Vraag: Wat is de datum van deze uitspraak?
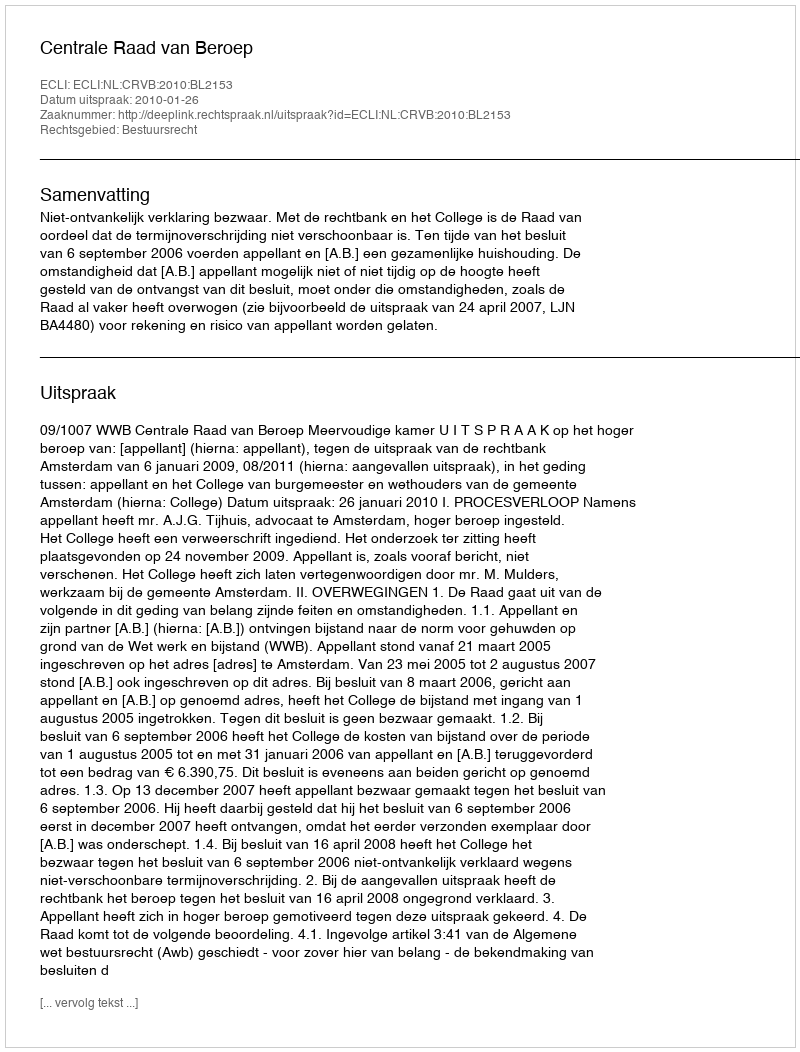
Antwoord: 2010-01-26